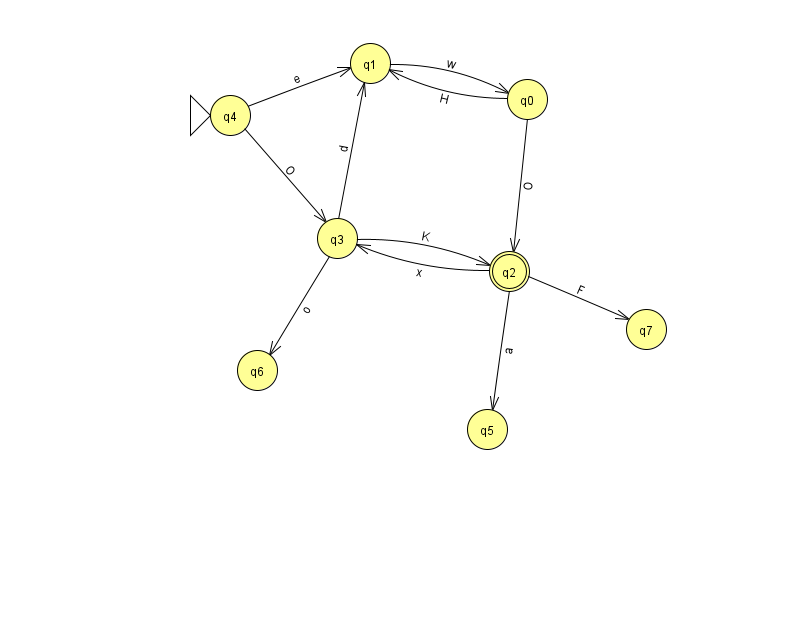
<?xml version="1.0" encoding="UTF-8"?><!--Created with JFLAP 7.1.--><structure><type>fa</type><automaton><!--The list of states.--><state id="0" name="q0"><x>527.0</x><y>86.0</y></state><state id="1" name="q1"><x>370.0</x><y>50.0</y></state><state id="2" name="q2"><x>509.0</x><y>258.0</y><final/></state><state id="3" name="q3"><x>337.0</x><y>225.0</y></state><state id="4" name="q4"><x>230.0</x><y>102.0</y><initial/></state><state id="5" name="q5"><x>487.0</x><y>416.0</y></state><state id="6" name="q6"><x>257.0</x><y>357.0</y></state><state id="7" name="q7"><x>646.0</x><y>316.0</y></state><!--The list of transitions.--><transition><from>2</from><to>7</to><read>F</read></transition><transition><from>0</from><to>2</to><read>O</read></transition><transition><from>2</from><to>5</to><read>a</read></transition><transition><from>4</from><to>1</to><read>e</read></transition><transition><from>3</from><to>6</to><read>o</read></transition><transition><from>0</from><to>1</to><read>H</read></transition><transition><from>3</from><to>1</to><read>d</read></transition><transition><from>2</from><to>3</to><read>x</read></transition><transition><from>1</from><to>0</to><read>w</read></transition><transition><from>3</from><to>2</to><read>K</read></transition><transition><from>4</from><to>3</to><read>O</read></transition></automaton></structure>